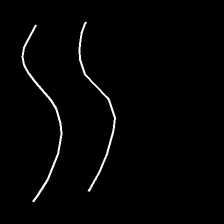
Glyph: float